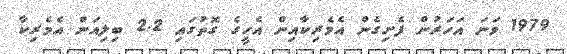
1979 ވަނަ އަހަރުން ފެށިގެން އެމެރިކާއިން އެހީގެ ގޮތުގައި 2.2 ބިލިއަން އެމެރިކާ